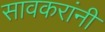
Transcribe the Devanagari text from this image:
सावकरांनी